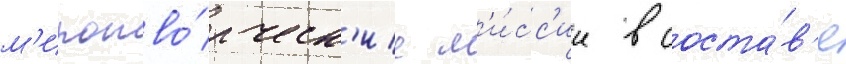
м'иротво́рческ'ие м'и́сс'ии в соста́в'е